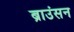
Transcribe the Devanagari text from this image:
ब्राउंसन